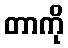
တာကို